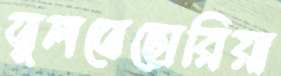
তুলতেছোরিয়া